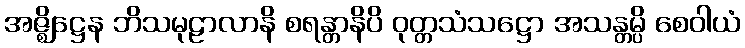
အဇ္ဈိဋ္ဌေန ဘိသမုဠာလာနိ စရန္တာနိပိ ဝုတ္တသံသဋ္ဌော အသန္တမ္ပိ စေဝါယံ